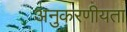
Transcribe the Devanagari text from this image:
अनुकरणीयता